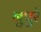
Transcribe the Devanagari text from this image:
नुपुरे